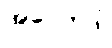
အပ္ပေကဒါ